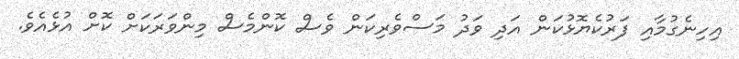
އިހިނެގުމާއި ފަރުކެޔޮޅުކަން އަދި ވަދު މަސްވެރިކަން ވެސް ކޮންމެސް މިންވަރަކަށް ކޮށް އުޅެއެވެ.